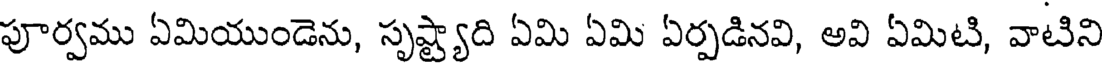
పూర్వము ఏమియుండెను, సృష్ట్యాది ఏమి ఏమి ఏర్పడినవి, అవి ఏమిటి, వాటిని